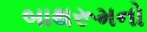
બાથરૂમનો